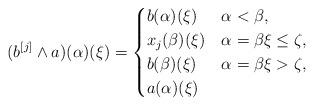
LaTeX: \begin{align*} (b^{[j]} \wedge a)(\alpha)(\xi)=\begin{cases} b(\alpha)(\xi) & \alpha<\beta,\\ x_j(\beta)(\xi) & \alpha=\beta\xi\le \zeta,\\ b(\beta)(\xi) & \alpha=\beta\xi> \zeta,\\ a(\alpha)(\xi)& \end{cases} \end{align*}